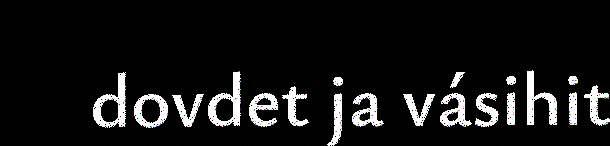
dovdet ja vásihit